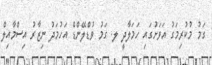
ގަމު މުކުރިމަގު އަވަށުގައި ހަމަލާދީ ލ. ގަމު ވުޑްލޭންޑް އަހުމަދު ނިޒާރު އިސްމާއިލް